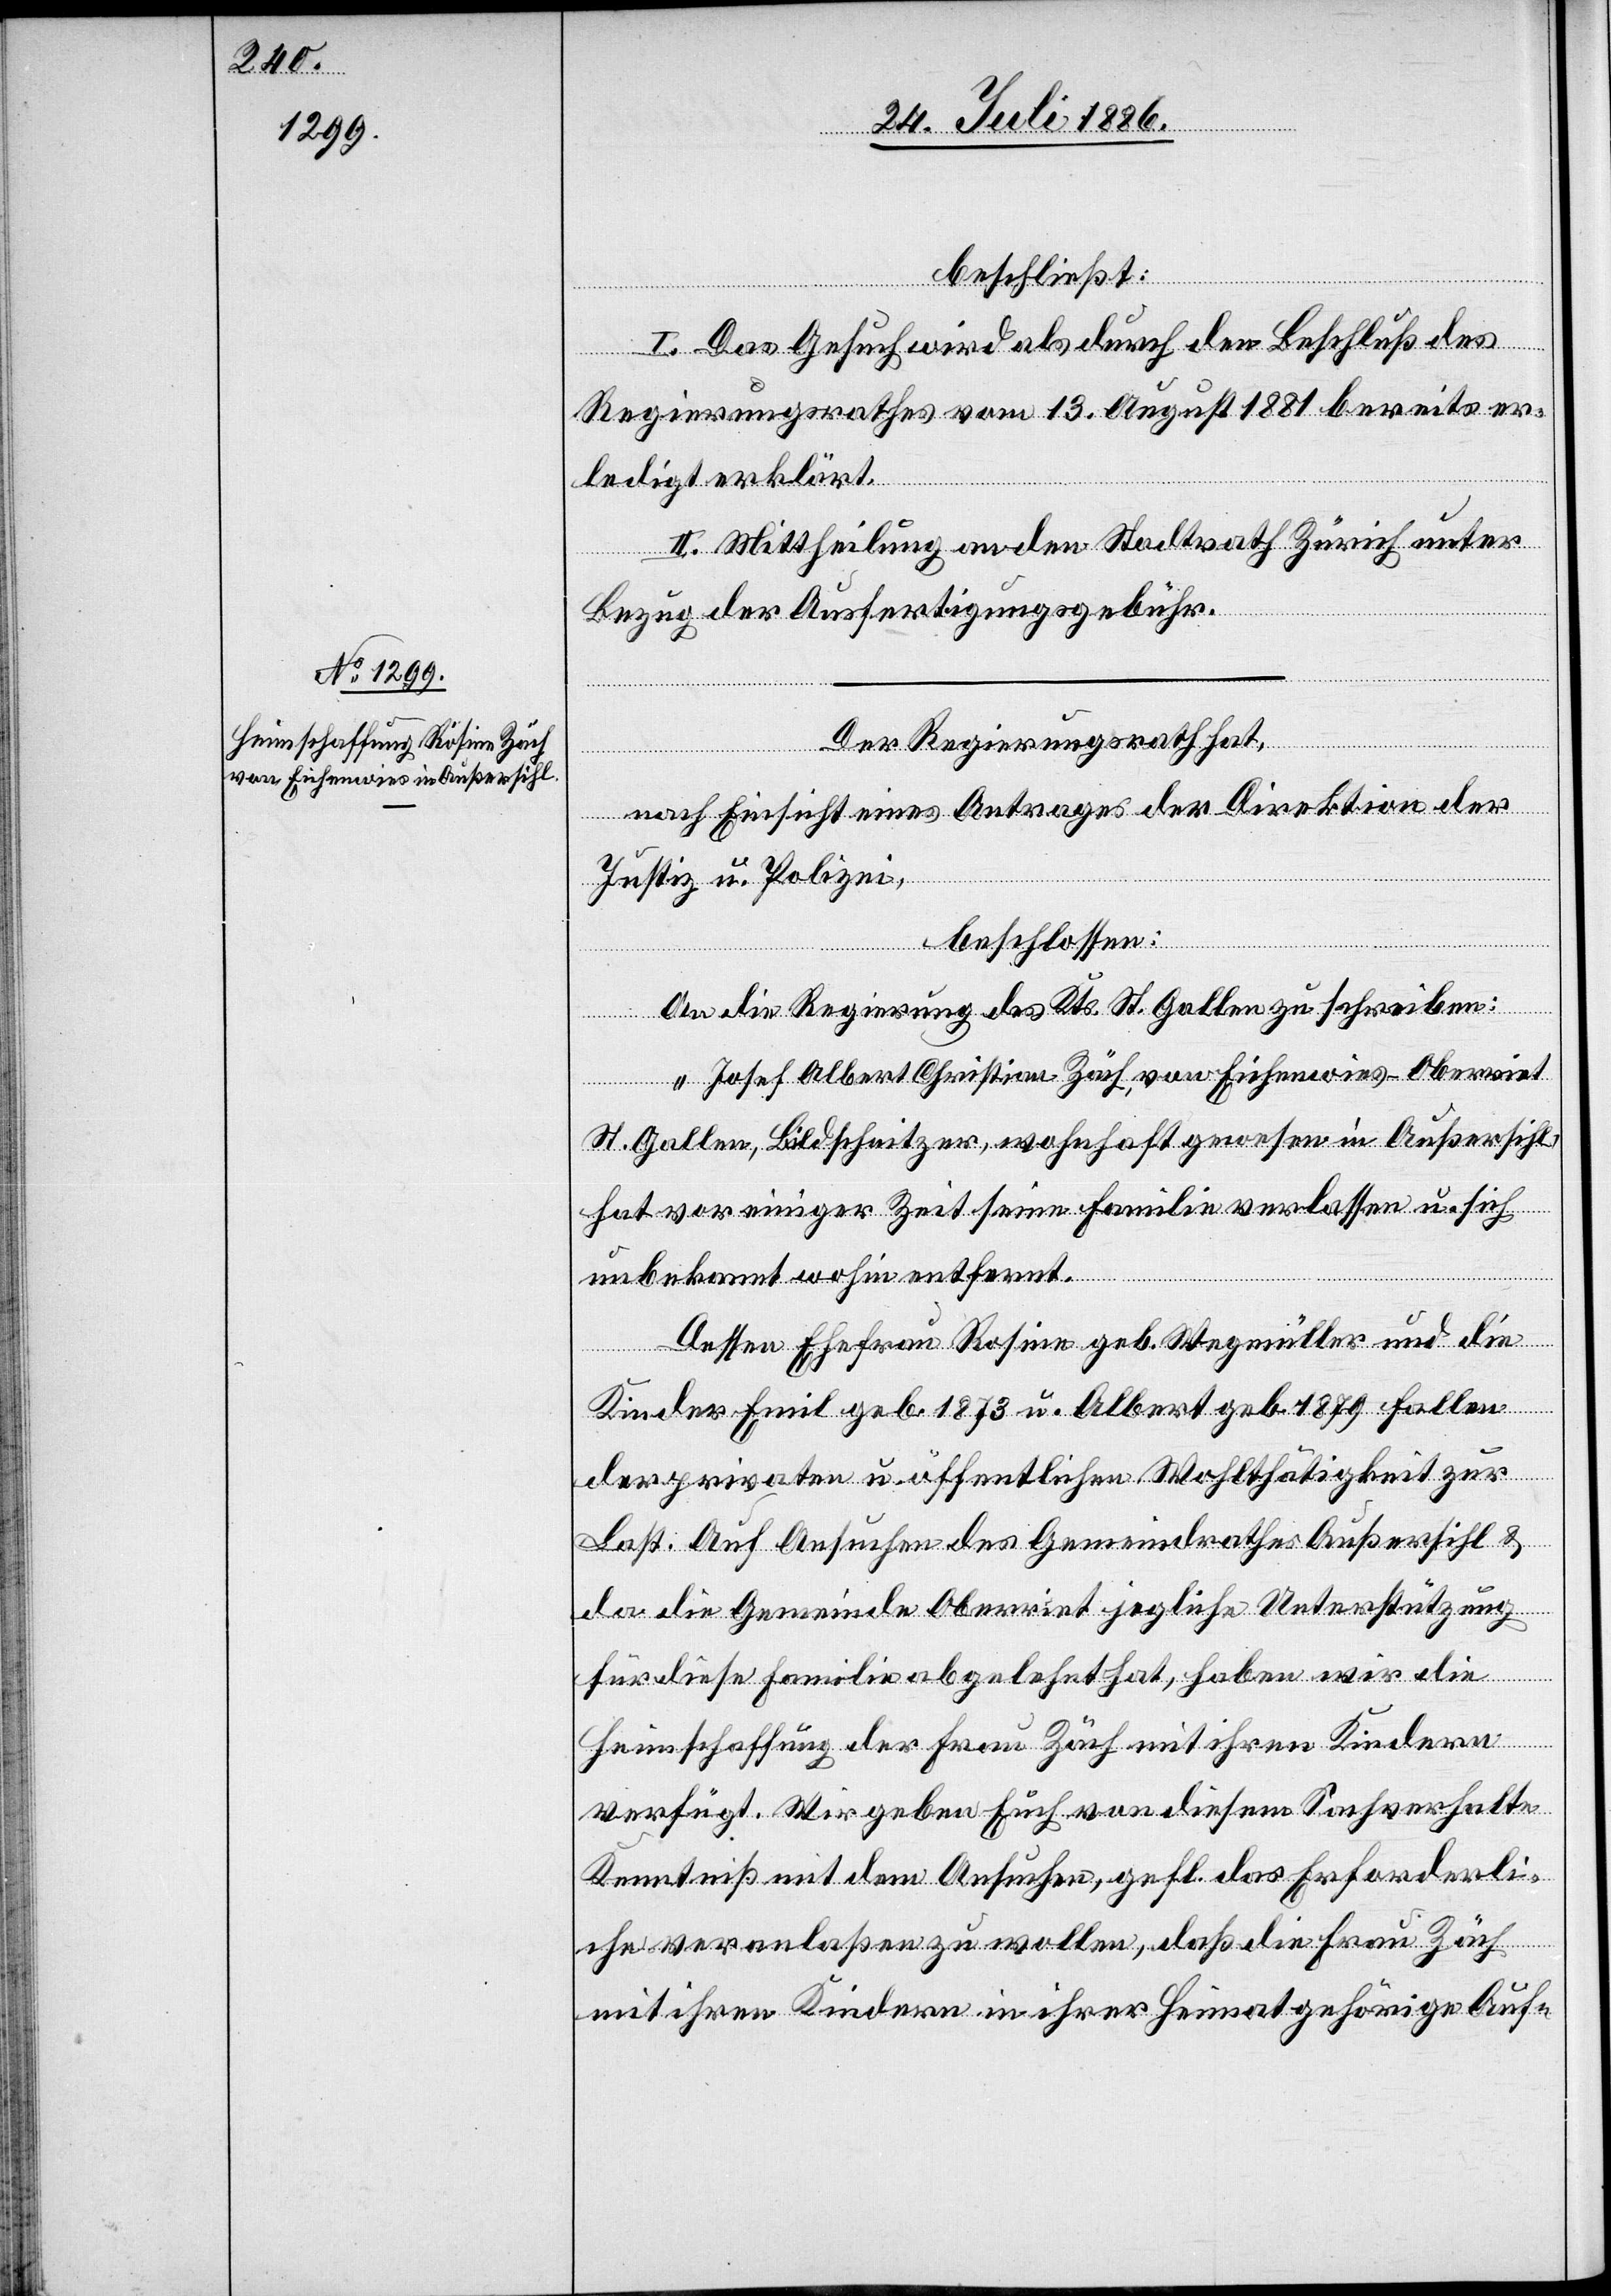
beschließt:
I. Das Gesuch wird als durch den Beschluß des
Regierungsrathes vom 13. August 1881 bereits er¬
ledigt erklärt.
II. Mittheilung an den Stadtrath Zürich unter
Bezug der Ausfertigungsgebühr.
Der Regierungsrath hat,
entfernt.
nach Einsicht eines Antrages der Direktion der
Justiz u. Polizei,
beschlossen:
An die Regierung des Kts. St. Gallen zu schreiben:
„Josef Albert Christian Zäch, von Eichenwies-Oberriet
St. Gallen, Bildschnitzer, wohnhaft gewesen in Außersihl,
hat vor einiger Zeit seine Familie verlassen u. sich
Dessen Ehefrau Rosine geb. Wegmüller und die
Kinder Emil geb. 1873 u. Albert geb. 1879 fallen
der privaten u. öffentlichen Wohlthätigkeit zur
Last. Auf Ansuchen des Gemeindrathes Außersihl &
da die Gemeinde Oberriet jegliche Unterstützung
für diese Familie abgelehnt hat, haben wir die
Heimschaffung der Frau Zäch mit ihren Kindern
verfügt. Wir geben Euch von diesem Sachverhalte
Kenntniß mit dem Ansuchen, gefl. das Erforderli¬
che veranlaßen zu wollen, daß die Frau Zäch
mit ihren Kindern in ihrer Heimat gehörige Auf-